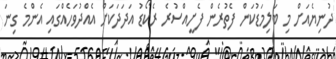
ދުނިޔެއަށް މި ބަލިމަޑުކަން ފެތުރެން ފެށީއްސުރެ ރެކޯޑު އަދަދަކަށް އެއްދުވަހެއްގައި އެންމެ ގިނަ